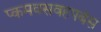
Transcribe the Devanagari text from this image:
प्कमवसवहपबंस